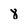
Character: 8